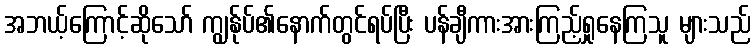
အဘယ့်ကြောင့်ဆိုသော် ကျွန်ုပ်၏နောက်တွင်ရပ်ပြီး ပန်ချီကားအားကြည့်ရှုနေကြသူ များသည်